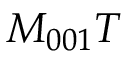
M _ { 0 0 1 } T